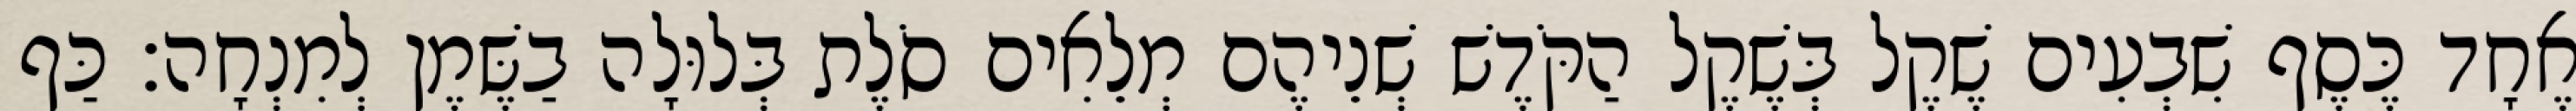
אֶחָד כֶּסֶף שִׁבְעִים שֶׁקֶל בְּשֶׁקֶל הַקֹּדֶשׁ שְׁנֵיהֶם מְלֵאִים סֹלֶת בְּלוּלָה בַשֶּׁמֶן לְמִנְחָה׃ כַּף